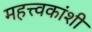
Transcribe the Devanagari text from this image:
महत्त्वकांशी